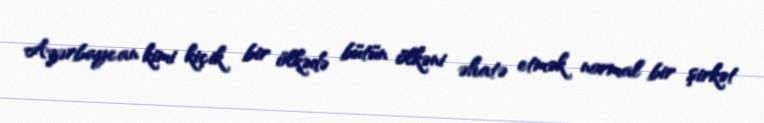
Azərbaycan kimi kiçik bir ölkədə bütün ölkəni əhatə etmək normal bir şirkət